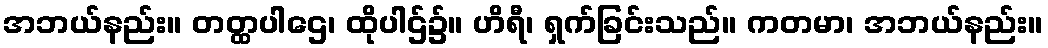
အဘယ်နည်း။ တတ္ထပါဌေ၊ ထိုပါဌ်၌။ ဟိရီ၊ ရှက်ခြင်းသည်။ ကတမာ၊ အဘယ်နည်း။